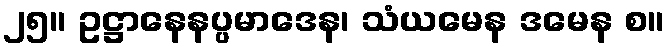
၂၅။ ဥဋ္ဌာနေနပ္ပမာဒေန၊ သံယမေန ဒမေန စ။